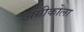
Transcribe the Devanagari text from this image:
अग्रीकोला